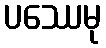
ပဿေမု